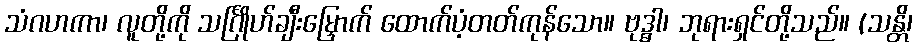
သံဂဟကာ၊ လူတို့ကို သင်္ဂြိုဟ်ချီးမြှောက် ထောက်ပံ့တတ်ကုန်သော။ ဗုဒ္ဓါ၊ ဘုရားရှင်တို့သည်။ (သန္တိ၊